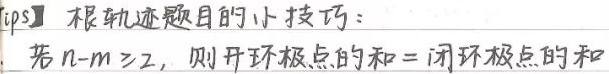
【tips】根轨迹题目的小技巧：若 \(n - m\geqslant2\)，则开环极点的和 = 闭环极点的和